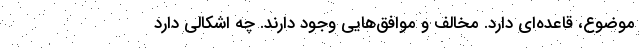
موضوع، قاعده‌ای دارد. مخالف و موافق‌هایی وجود دارند. چه اشکالی دارد